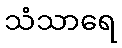
သံသာရေ